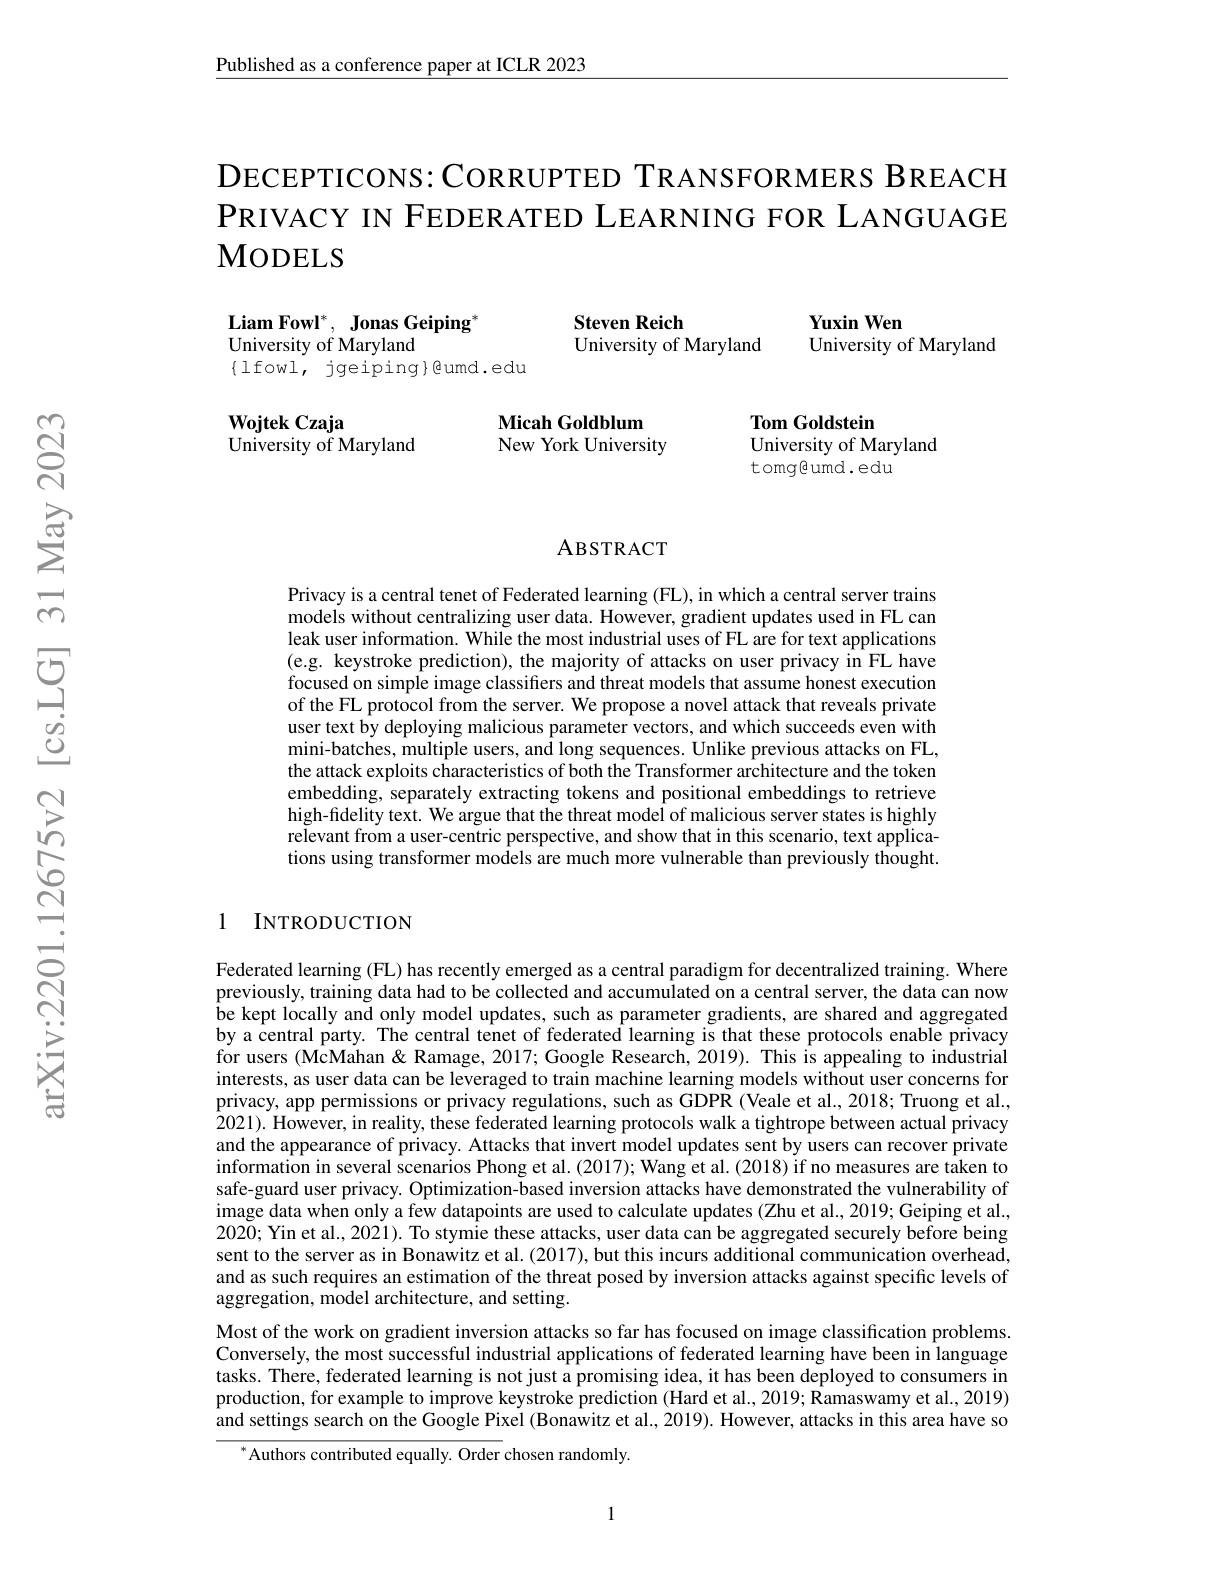
Published as a conference paper at ICLR 2023

DECEPTICONS: CORRUPTED TRANSFORMERS BREACH $\mathsf{PRIVACYIN~FEDERATED~LEARNING~FOR~LANGUAGE}$ MODELS

Steven Reich

$\textbf{Yuxin Wen}$

University of Maryland

Liam Fowl$^*,\textbf{Jonas Geiping}^*$
University of Maryland
$\{1$fowl,jgeiping}@umd.edu

University of Maryland

### Micah Goldblum New York University

$\mathbf{WojtekCzaja}$
$\bar{\text{University of Maryland}}$

Tom Goldstein
University of Maryland
tomg@umd.edu

ABSTRACT

Privacy is a central tenet of Federated learning (FL), in which a central server trains models without centralizing user data. However, gradient updates used in FL can leak user information. While the most industrial uses of FL are for text applications (e.g. keystroke prediction), the majority of attacks on user privacy in FL have focused on simple image classifiers and threat models that assume honest execution of the FL protocol from the server. We propose a novel attack that reveals private user text by deploying malicious parameter vectors, and which succeeds even with mini-batches, multiple users, and long sequences. Unlike previous attacks on FL, the attack exploits characteristics of both the Transformer architecture and the token embedding, separately extracting tokens and positional embeddings to retrieve high-fidelity text. We argue that the threat model of malicious server states is highly relevant from a user-centric perspective, and show that in this scenario, text applications using transformer models are much more vulnerable than previously thought.

### 1 INTRODUCTION

Federated learning (FL) has recently emerged as a central paradigm for decentralized training. Where previously, training data had to be collected and accumulated on a central server, the data can now be kept locally and only model updates, such as parameter gradients, are shared and aggregated by a central party. The central tenet of federated learning is that these protocols enable privacy for users (McMahan& Ramage, 2017; Google Research, 2019). This is appealing to industrial interests, as user data can be leveraged to train machine learning models without user concerns for privacy, app permissions or privacy regulations, such as GDPR (Veale et al., 2018; Truong et al., 2021). However, in reality, these federated learning protocols walk a tightrope between actual privacy and the appearance of privacy. Attacks that invert model updates sent by users can recover private information in several scenarios Phong et al.(2017); Wang et al.(2018) if no measures are taken to safe-guard user privacy. Optimization-based inversion attacks have demonstrated the vulnerability of image data when only a few datapoints are used to calculate updates (Zhu et al., 2019; Geiping et al., 2020; Yin et al., 2021). To stymie these attacks, user data can be aggregated securely before being sent to the server as in Bonawitz et al. (2017), but this incurs additional communication overhead, and as such requires an estimation of the threat posed by inversion attacks against specific levels of aggregation, model architecture, and setting.
Most of the work on gradient inversion attacks so far has focused on image classification problems. Conversely, the most successful industrial applications of federated learning have been in language tasks. There, federated learning is not just a promising idea, it has been deployed to consumers in production, for example to improve keystroke prediction (Hard et al., 2019; Ramaswamy et al., 2019) and settings search on the Google Pixel (Bonawitz et al., 2019). However, attacks in this area have so
$^{*}$Authors contributed equally. Order chosen randomly.

1